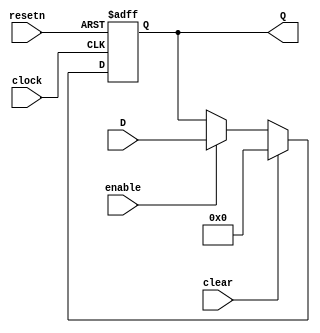
// (C) 1992-2016 Intel Corporation.                            
// Intel, the Intel logo, Intel, MegaCore, NIOS II, Quartus and TalkBack words    
// and logos are trademarks of Intel Corporation or its subsidiaries in the U.S.  
// and/or other countries. Other marks and brands may be claimed as the property  
// of others. See Trademarks on intel.com for full list of Intel trademarks or    
// the Trademarks & Brands Names Database (if Intel) or See www.Intel.com/legal (if Altera) 
// Your use of Intel Corporation's design tools, logic functions and other        
// software and tools, and its AMPP partner logic functions, and any output       
// files any of the foregoing (including device programming or simulation         
// files), and any associated documentation or information are expressly subject  
// to the terms and conditions of the Altera Program License Subscription         
// Agreement, Intel MegaCore Function License Agreement, or other applicable      
// license agreement, including, without limitation, that your use is for the     
// sole purpose of programming logic devices manufactured by Intel and sold by    
// Intel or its authorized distributors.  Please refer to the applicable          
// agreement for further details.                                                 
    


module acl_shift_register(
clock, resetn, clear, enable, Q, D
);
parameter WIDTH=32;
parameter STAGES=1;

input clock,resetn,clear,enable;
input [WIDTH-1:0] D;
output [WIDTH-1:0] Q;
wire clock,resetn,clear,enable;
wire [WIDTH-1:0] D;
reg [WIDTH-1:0] stages[STAGES-1:0];

generate

if (STAGES == 0) begin

assign Q = D;

end
else begin
genvar istage;

for (istage=0;istage<STAGES;istage=istage+1) begin : stages_loop

always@(posedge clock or negedge resetn) begin
  if (!resetn) begin
    stages[istage] <= {(WIDTH){1'b0}};
  end
  else if (clear) begin
    stages[istage] <= {(WIDTH){1'b0}};
  end
  else if (enable) begin
    if (istage == 0) begin
      stages[istage] <= D;
    end
    else begin
      stages[istage] <= stages[istage-1];
    end
  end
end

end

assign Q = stages[STAGES-1];
end

endgenerate

endmodule


// vim:set filetype=verilog: